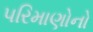
પરિમાણોનો